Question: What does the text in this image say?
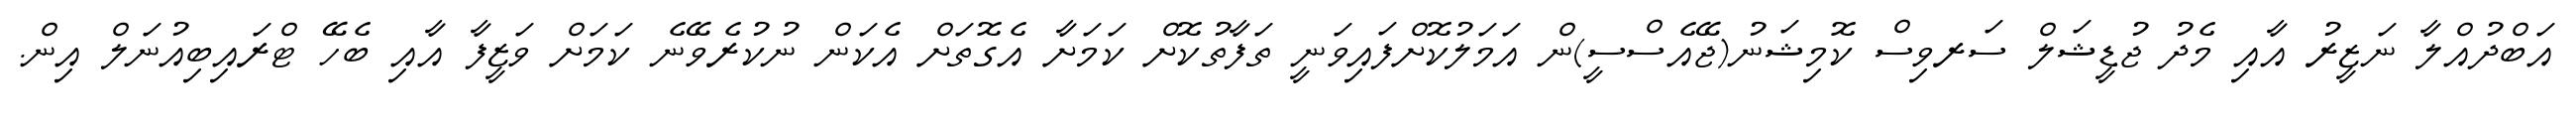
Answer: އަބްދުއްލާ ނަޒީރު އާއި މެދު ޖުޑީޝަލް ސަރވިސް ކޮމިޝަނު(ޖޭއެސްސީ)ން އަމަލުކޮށްފައިވަނީ ތަފާތުކޮށް ކަމަށާ އެގޮތަށް އެކަން ނުކުރެވޭނެ ކަމަށް ވަޒީފާ އާއި ބެހޭ ޓްރައިބިއުނަލް އިން.